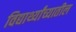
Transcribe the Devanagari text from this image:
विद्यार्थ्यांच्यातील